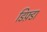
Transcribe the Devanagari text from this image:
डिफ़्डा